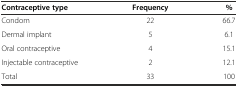
<table><thead><tr><td><b>Contraceptive type</b></td><td><b>Frequency</b></td><td><b>%</b></td></tr></thead><tbody><tr><td>Condom</td><td>22</td><td>66.7</td></tr><tr><td>Dermal implant</td><td>5</td><td>6.1</td></tr><tr><td>Oral contraceptive</td><td>4</td><td>15.1</td></tr><tr><td>Injectable contraceptive</td><td>2</td><td>12.1</td></tr><tr><td>Total</td><td>33</td><td>100</td></tr></tbody></table>